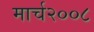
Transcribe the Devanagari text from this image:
मार्च२००८